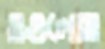
ওগুলোও